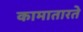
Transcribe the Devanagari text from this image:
कामातारते